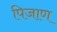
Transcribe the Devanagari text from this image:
पिजाण